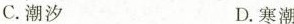
C. 潮汐 D. 寒潮